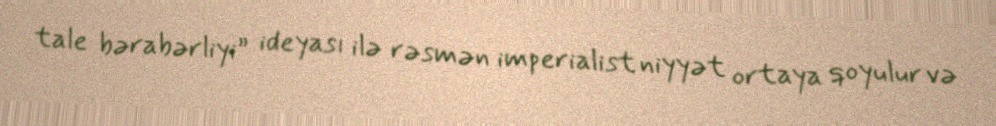
tale bərabərliyi” ideyası ilə rəsmən imperialist niyyət ortaya qoyulur və